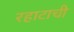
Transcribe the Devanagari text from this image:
रहाटाची